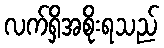
လက်ရှိအစိုးရသည်